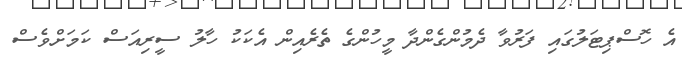
އެ ހޮސްޕިޓަލުގައި ފަރުވާ ދެމުންގެންދާ މީހުންގެ ތެރެއިން އެކަކު ހާލު ސީރިއަސް ކަމަށްވެސް